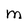
Character: m